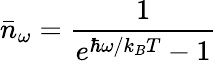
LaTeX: \bar{n}_{\omega}=\frac{1}{e^{\hbar\omega/k_{B}T}-1}